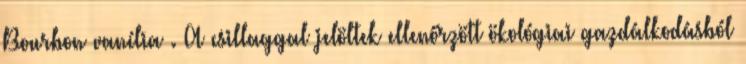
Bourbon vanília . A csillaggal jelöltek ellenőrzött ökológiai gazdálkodásból